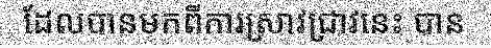
ដែលបានមកពីការស្រាវជ្រាវនេះ បាន